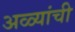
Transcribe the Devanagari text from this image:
अळ्यांची